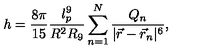
h = \frac { 8 \pi } { 1 5 } \frac { l _ { p } ^ { 9 } } { R ^ { 2 } R _ { 9 } } \sum _ { n = 1 } ^ { N } \frac { Q _ { n } } { | \vec { r } - \vec { r } _ { n } | ^ { 6 } } ,